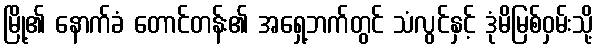
မြို့၏ နောက်ခံ တောင်တန်း၏ အရှေ့ဘက်တွင် သံလွင်နှင့် ဒုံမိမြစ်ဝှမ်းသို့